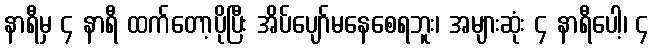
နာရီမှ ၄ နာရီ ထက်တော့ပိုပြီး အိပ်ပျော်မနေစေရဘူး၊ အများဆုံး ၄ နာရီပေါ့၊ ၄